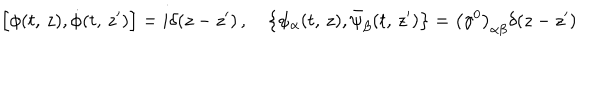
\left[ \phi ( t , \, z ) , \dot { \phi } ( t , \, z ^ { \prime } ) \right] = i \delta ( z - z ^ { \prime } ) \, , \quad \left\{ \psi _ { \alpha } ( t , \, z ) , \bar { \psi } _ { \beta } ( t , \, z ^ { \prime } ) \right\} = \left( \gamma ^ { 0 } \right) _ { \alpha \beta } \delta ( z - z ^ { \prime } )